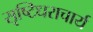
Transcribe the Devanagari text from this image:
सृष्टिधराचार्य